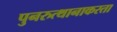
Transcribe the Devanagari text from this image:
पुनरुत्थानाकरता